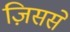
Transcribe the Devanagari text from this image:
ज़िससे